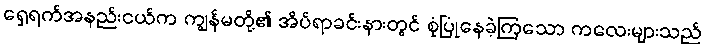
ရှေ့ရက်အနည်းငယ်က ကျွန်မတို့၏ အိပ်ရာခင်းနားတွင် စုံပြုံနေခဲ့ကြသော ကလေးများသည်